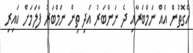
އެގޮތުން އެއް ނަމްބަރާއި ދެ ނަންބަރު އަދި ތިން ނަމްބަރު ފާލަމަށް ކައިރި